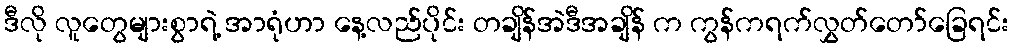
ဒီလို လူတွေများစွာရဲ့ အာရုံဟာ နေ့လည်ပိုင်း တချိန်အဲဒီအချိန် က ကွန်ကရက်လွှတ်တော်ခြေရင်း